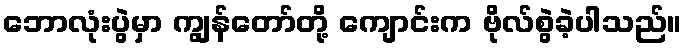
ဘောလုံးပွဲမှာ ကျွန်တော်တို့ ကျောင်းက ဗိုလ်စွဲခဲ့ပါသည်။